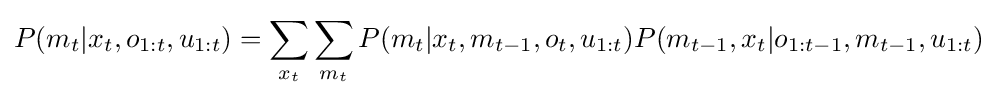
P(m_{t}|x_{t},o_{1:t},u_{1:t})=\sum _{x_{t}}\sum _{m_{t}}P(m_{t}|x_{t},m_{t-1},o_{t},u_{1:t})P(m_{t-1},x_{t}|o_{1:t-1},m_{t-1},u_{1:t})